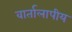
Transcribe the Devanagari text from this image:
वार्तालापीय